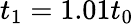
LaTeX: t_{1}=1.01t_{0}